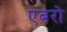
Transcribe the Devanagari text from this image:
एबरो